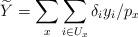
LaTeX: \begin{align*}\widetilde{Y} = \sum_x \sum_{i\in U_x} \delta_i y_i/p_x\end{align*}